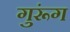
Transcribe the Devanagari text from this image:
गुरूंग